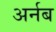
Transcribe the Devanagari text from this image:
अर्नब